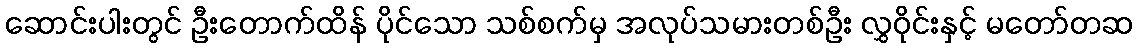
ဆောင်းပါးတွင် ဦးတောက်ထိန် ပိုင်သော သစ်စက်မှ အလုပ်သမားတစ်ဦး လွှဝိုင်းနှင့် မတော်တဆ